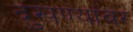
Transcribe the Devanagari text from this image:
दुखण्यांवर